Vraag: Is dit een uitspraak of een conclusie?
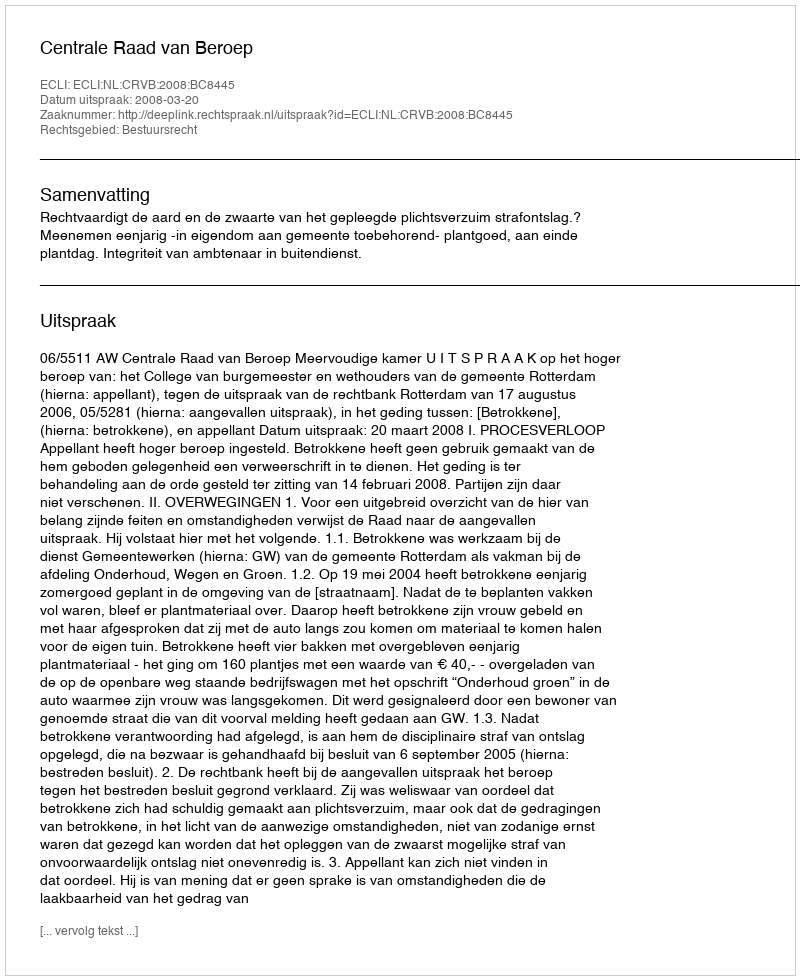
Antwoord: Uitspraak